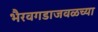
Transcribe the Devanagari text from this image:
भैरवगडाजवळच्या